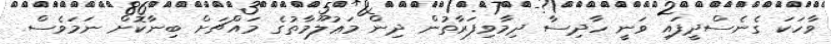
ވާހަކަ ގެނެސްދީފައި ވަނީ ހާދިސާ ދިމާވިފަރާތުން ދިން މަޢުލޫމާތުގެ މައްޗަށް ބިނާކޮށް ނަމަވެސް